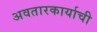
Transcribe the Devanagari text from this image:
अवतारकार्याची